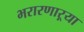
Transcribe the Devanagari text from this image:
भरारणाऱ्या